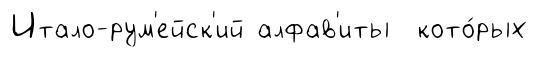
Итало-рум'ейск'ий алфав'иты кото́рых